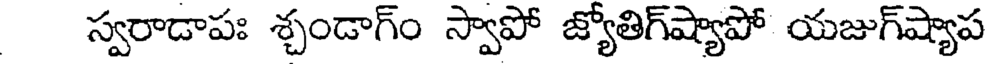
స్వరాడాపః శ్చండాగ్ం స్వాపో జ్యోతిగ్ష్యాపో యజుగ్ష్యాప